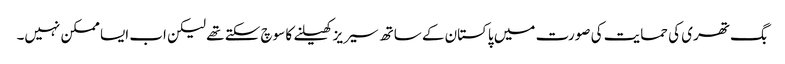
بگ تھری کی حمایت کی صورت میں پاکستان کے ساتھ سیریز کھیلنے کا سوچ سکتے تھے لیکن اب ایسا ممکن نہیں۔